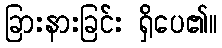
ခြားနားခြင်း ရှိပေ၏။